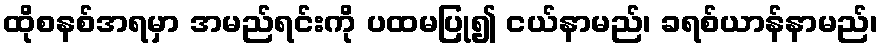
ထိုစနစ်အရမှာ အမည်ရင်းကို ပထမပြု၍ ငယ်နာမည်၊ ခရစ်ယာန်နာမည်၊